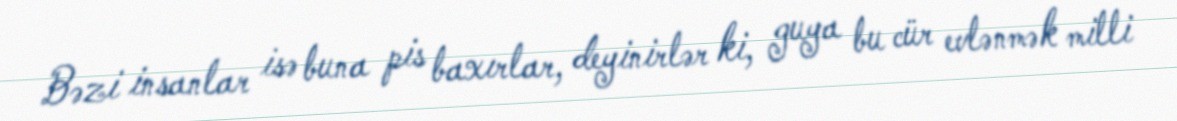
Bəzi insanlar isə buna pis baxırlar, deyinirlər ki, guya bu cür evlənmək milli